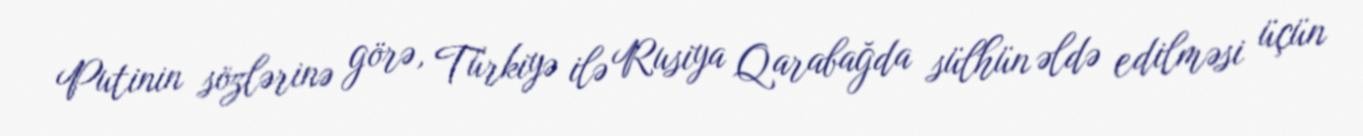
Putinin sözlərinə görə, Türkiyə ilə Rusiya Qarabağda sülhün əldə edilməsi üçün